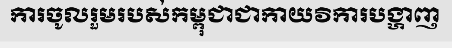
ការចូលរួមរបស់កម្ពុជាជាកាយវិការបង្ហាញ